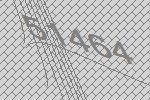
51464